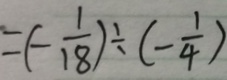
= ( - \frac { 1 } { 1 8 } ) \div ( - \frac { 1 } { 4 } )